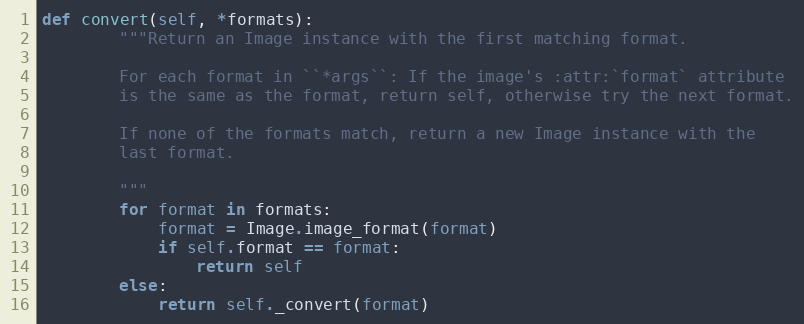
Language: Python
def convert(self, *formats):
        """Return an Image instance with the first matching format.

        For each format in ``*args``: If the image's :attr:`format` attribute
        is the same as the format, return self, otherwise try the next format.

        If none of the formats match, return a new Image instance with the
        last format.

        """
        for format in formats:
            format = Image.image_format(format)
            if self.format == format:
                return self
        else:
            return self._convert(format)